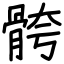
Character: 骻